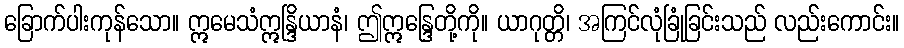
ခြောက်ပါးကုန်သော။ ဣမေသံဣန္ဒြိယာနံ၊ ဤဣန္ဒြေတို့ကို။ ယာဂုတ္တိ၊ အကြင်လုံခြုံခြင်းသည် လည်းကောင်း။